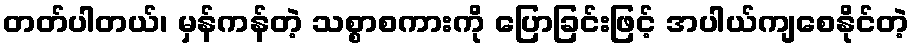
တတ်ပါတယ်၊ မှန်ကန်တဲ့ သစ္စာစကားကို ပြောခြင်းဖြင့် အပါယ်ကျစေနိုင်တဲ့